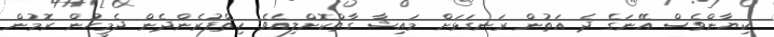
ކިޔާންވެސް އޭނަގެ ދެ އަތުން ރަނގަޅަށް މައިޝާ ގާތްކޮށްލިއެވެ. ހިތްފުރެންދެން ދެމީހުން ރޮމުން